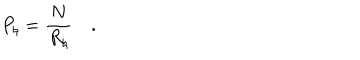
P _ { \natural } = { \frac { N } { R _ { \natural } } } \quad .